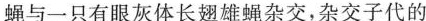
蝇与一只有眼灰体长翅雄蝇杂交，杂交子代的